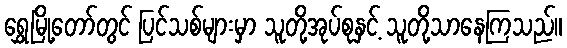
ရွှေမြို့တော်တွင် ပြင်သစ်များမှာ သူတို့အုပ်စုနှင့် သူတို့သာနေကြသည်။